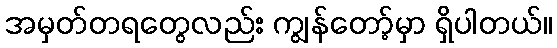
အမှတ်တရတွေလည်း ကျွန်တော့်မှာ ရှိပါတယ်။